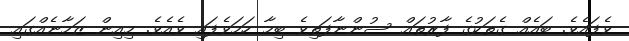
ވެފައެވެ. ބައެއް ގެތަކުގެ ފާރުތައް ސުންނާފަތިވެ ބިމާ ހަމަވެފައި ވެއެވެ. މިއިން ޒަމާނެއްގައި